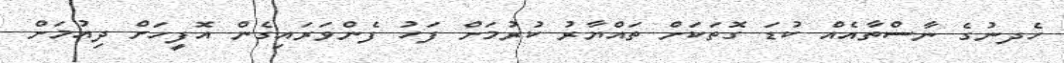
ހެދނުގެ ނާސްތާއެއް ކުޑަ ގޮތަކަށް ތައްޔާރު ކުރުމަށް ފަހު ފެންވަރައިގެން އޮފީހަށް ދިއުމަށް